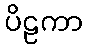
ပိဠကာ